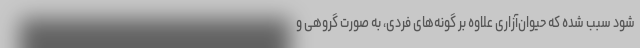
شود سبب شده که حیوان‌آزاری علاوه بر گونه‌های فردی، به صورت گروهی و